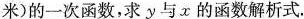
米）的一次函数，求y与x的函数解析式。